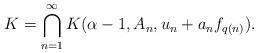
LaTeX: \begin{align*} K = \bigcap_{n=1}^\infty K(\alpha - 1,A_n, u_n + a_n f_{q(n)}). \end{align*}